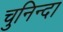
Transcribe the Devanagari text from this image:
चुनिन्‍दा